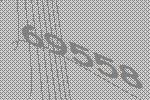
69558